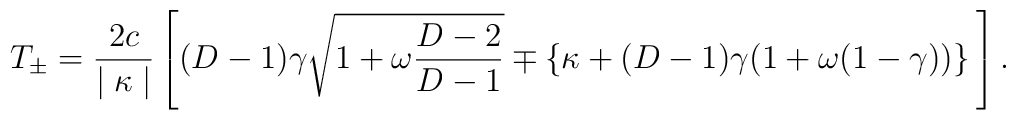
T_{\pm} = \frac{2c}{\mid \kappa \mid} \left[ (D-1)\gamma \sqrt{1+\omega            \frac{D-2}{D-1}} \mp \{\kappa+(D-1) \gamma (1+\omega(1-\gamma))\}            \frac{}{} \right].